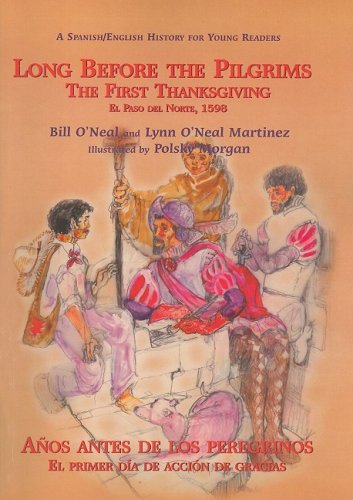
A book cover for Long Before The Pilgrims The First Thanksgiving El Paso Del Norte 1598; Bill O'Neal; Children's Books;